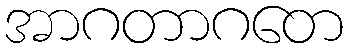
အာဂတာဂတေ